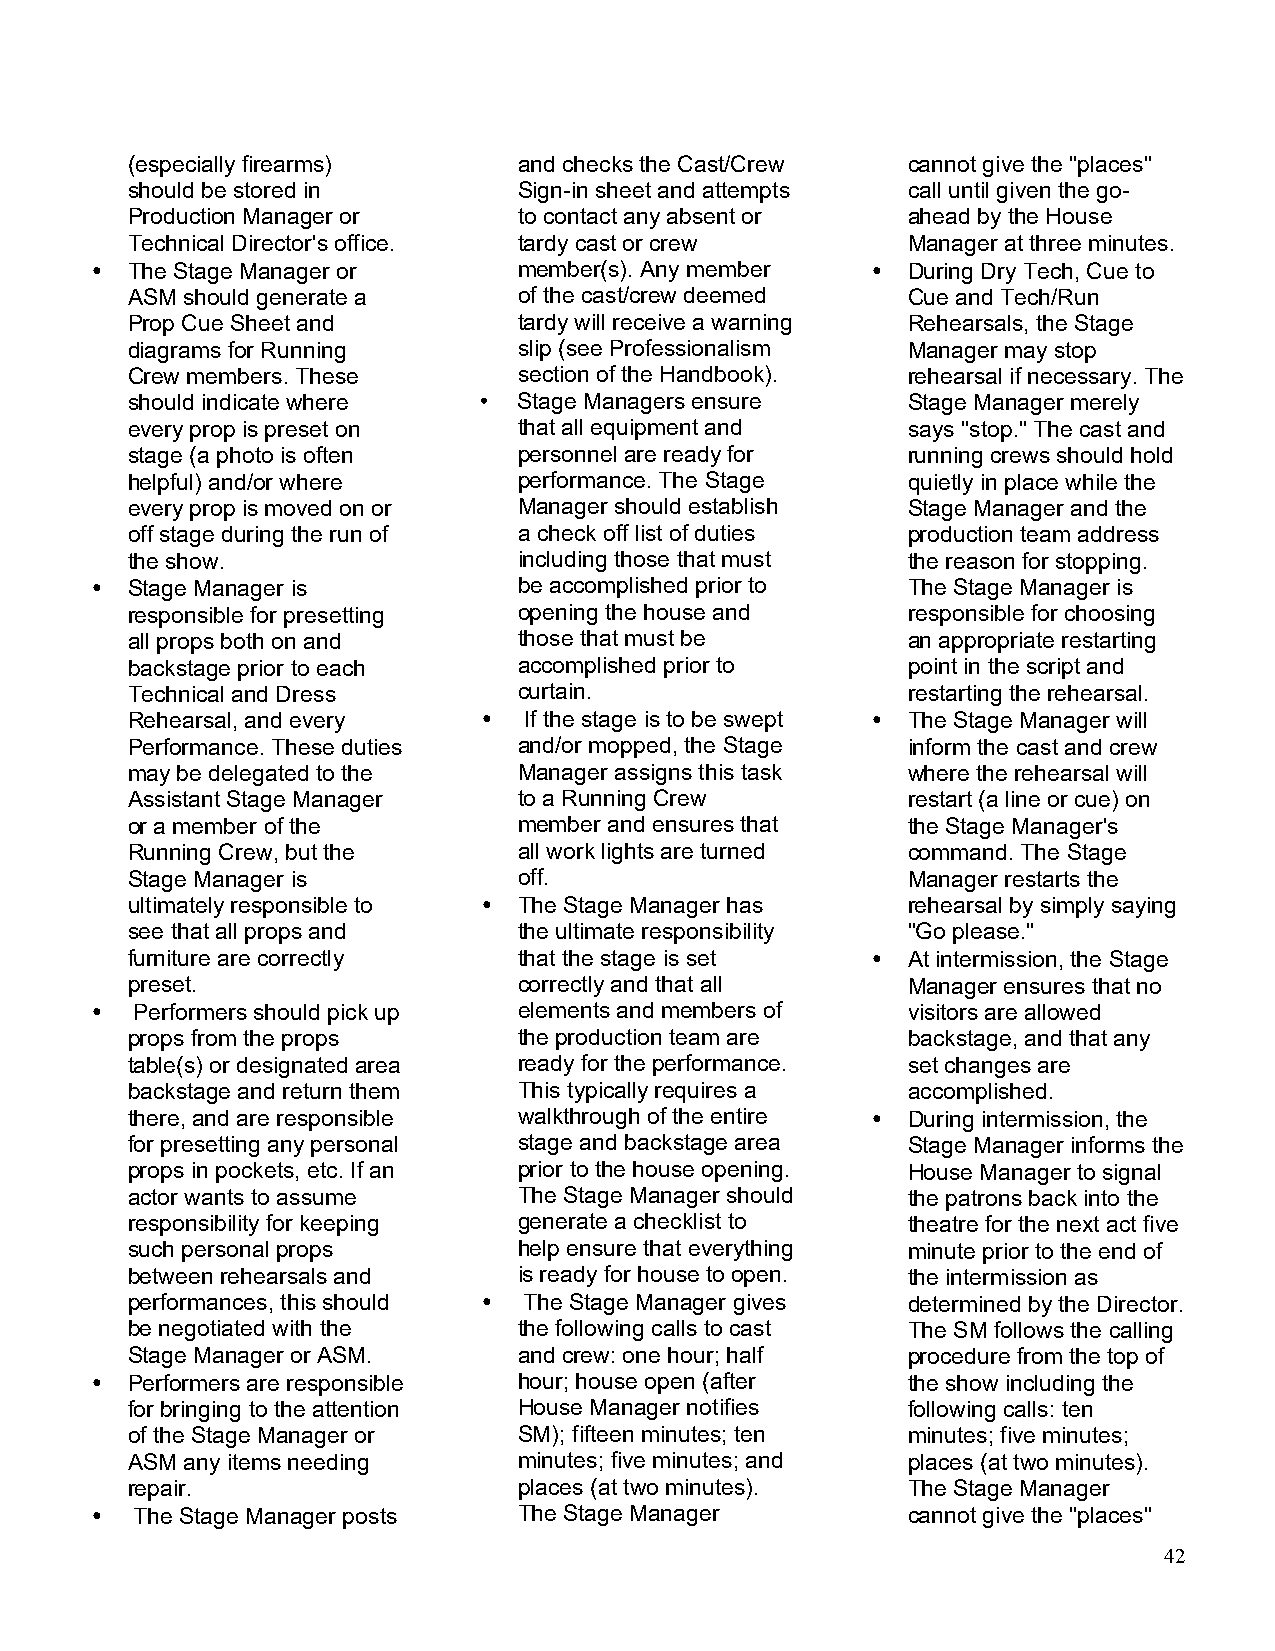
(especially firearms)     and checks the Cast/Crew  cannot give the "places"
 should be stored in       Sign-in sheet and attempts call until given the go-
 Production Manager or     to contact any absent or  ahead by the House
 Technical Director's office. tardy cast or crew     Manager at three minutes.
 • The Stage Manager or      member(s). Any member   • During Dry Tech, Cue to
 ASM should generate a     of the cast/crew deemed   Cue and Tech/Run
 Prop Cue Sheet and        tardy will receive a warning Rehearsals, the Stage
 diagrams for Running      slip (see Professionalism Manager may stop
 Crew members. These       section of the Handbook). rehearsal if necessary. The
 should indicate where   • Stage Managers ensure     Stage Manager merely
 every prop is preset on   that all equipment and    says "stop." The cast and
 stage (a photo is often   personnel are ready for   running crews should hold
 helpful) and/or where     performance. The Stage    quietly in place while the
 every prop is moved on or Manager should establish  Stage Manager and the
 off stage during the run of a check off list of duties production team address
 the show.                 including those that must the reason for stopping.
 • Stage Manager is          be accomplished prior to  The Stage Manager is
 responsible for presetting opening the house and    responsible for choosing
 all props both on and     those that must be        an appropriate restarting
 backstage prior to each   accomplished prior to     point in the script and
 Technical and Dress       curtain.                  restarting the rehearsal.
 Rehearsal, and every    •  If the stage is to be swept • The Stage Manager will
 Performance. These duties and/or mopped, the Stage  inform the cast and crew
 may be delegated to the   Manager assigns this task where the rehearsal will
 Assistant Stage Manager   to a Running Crew         restart (a line or cue) on
 or a member of the        member and ensures that   the Stage Manager's
 Running Crew, but the     all work lights are turned command. The Stage
 Stage Manager is          off.                      Manager restarts the
 ultimately responsible to • The Stage Manager has   rehearsal by simply saying
 see that all props and    the ultimate responsibility "Go please."
 furniture are correctly   that the stage is set   • At intermission, the Stage
 preset.                   correctly and that all    Manager ensures that no
 •  Performers should pick up elements and members of  visitors are allowed
 props from the props      the production team are   backstage, and that any
 table(s) or designated area ready for the performance. set changes are
 backstage and return them This typically requires a accomplished.
 there, and are responsible walkthrough of the entire • During intermission, the
 for presetting any personal stage and backstage area Stage Manager informs the
 props in pockets, etc. If an prior to the house opening. House Manager to signal
 actor wants to assume     The Stage Manager should  the patrons back into the
 responsibility for keeping generate a checklist to  theatre for the next act five
 such personal props       help ensure that everything minute prior to the end of
 between rehearsals and    is ready for house to open. the intermission as
 performances, this should • The Stage Manager gives determined by the Director.
 be negotiated with the    the following calls to cast The SM follows the calling
 Stage Manager or ASM.     and crew: one hour; half  procedure from the top of
 • Performers are responsible hour; house open (after  the show including the
 for bringing to the attention House Manager notifies following calls: ten
 of the Stage Manager or   SM); fifteen minutes; ten minutes; five minutes;
 ASM any items needing     minutes; five minutes; and places (at two minutes).
 repair.                   places (at two minutes).  The Stage Manager
 •  The Stage Manager posts  The Stage Manager         cannot give the "places"
 42